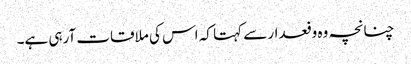
چنانچہ وہ وفعدار سے کہتا کہ اس کی ملاقات آرہی ہے۔